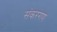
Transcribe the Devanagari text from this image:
संकरगण